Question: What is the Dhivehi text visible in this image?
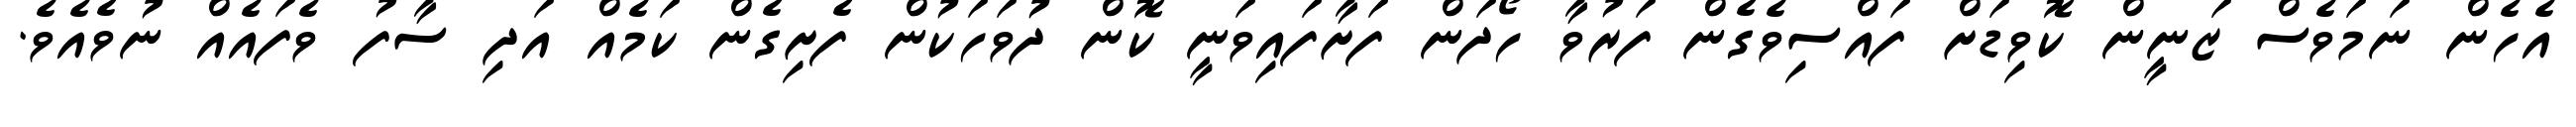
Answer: އެހެން ނަމަވެސް ޒަނީން ކޮވިޑަށް ފައްސިވެގެން ފަރުވާ ހޯދަން ފަށާފައިވަނީ ކޮން ދުވަހަކުން ފެށިގެން ކަމެއް އަދި ސާފު ވެފައެއް ނުވެއެވެ.